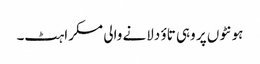
ہونٹوں پر وہی تاؤ دلانے والی مسکراہٹ۔